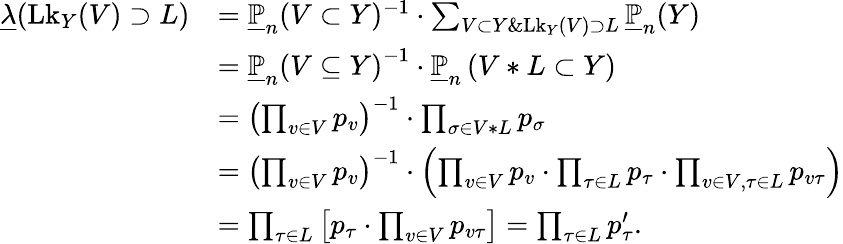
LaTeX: \begin{array}{rl}{\underline{{\lambda}}(\mathrm{{Lk}}_{Y}(V)\supset L)}&{=\underline{{\mathbb P}}_{n}(V\subset Y)^{-1}\cdot\sum_{V\subset Y\& \mathrm{{Lk}}_{Y}(V)\supset L}\underline{{\mathbb P}}_{n}(Y)}\\ &{=\underline{{\mathbb P}}_{n}\left(V\subseteq Y\right)^{-1}\cdot\underline{{\mathbb P}}_{n}\left(V\ast L\subset Y\right)}\\ &{=\left(\prod_{v\in V}p_{v}\right)^{-1}\cdot\prod_{\sigma\in V\ast L}p_{\sigma}}\\ &{=\left(\prod_{v\in V}p_{v}\right)^{-1}\cdot\left(\prod_{v\in V}p_{v}\cdot\prod_{\tau\in L}p_{\tau}\cdot\prod_{v\in V,\tau\in L}p_{v\tau}\right)}\\ &{=\prod_{\tau\in L}\left[p_{\tau}\cdot\prod_{v\in V}p_{v\tau}\right]=\prod_{\tau\in L}p_{\tau}^{\prime}.}\end{array}